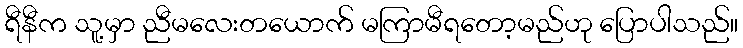
ရီနီက သူ့မှာ ညီမလေးတယောက် မကြာမီရတော့မည်ဟု ပြောပါသည်။